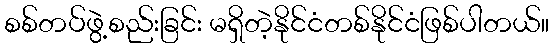
စစ်တပ်ဖွဲ့စည်းခြင်း မရှိတဲ့နိုင်ငံတစ်နိုင်ငံဖြစ်ပါတယ်။